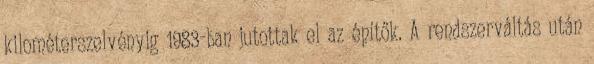
kilométerszelvényig 1983-ban jutottak el az építők. A rendszerváltás után